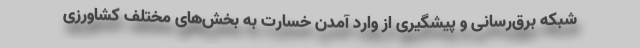
شبکه برق‌رسانی و پیشگیری از وارد آمدن خسارت به بخش‌های مختلف کشاورزی